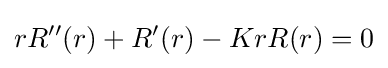
rR''(r)+R'(r)-KrR(r)=0